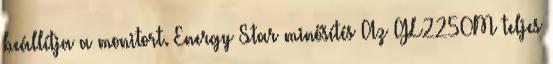
beállítja a monitort. Energy Star minősítés Az GL2250M teljes